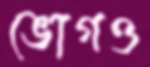
ভোগও